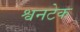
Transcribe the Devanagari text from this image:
श्वनटेक